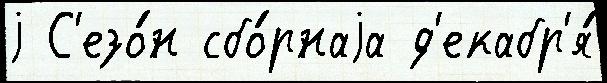
j С'езо́н сбо́рнаjа д'екабр'я́